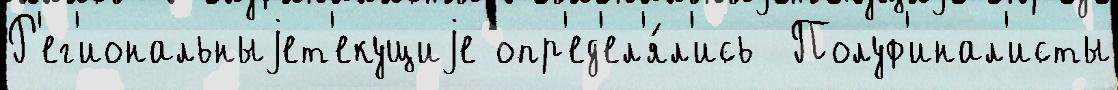
Р'ег'иональныjет'екущиjе опр'ед'ел'я́л'ись  Полуф'инал'исты